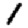
Digit: 1